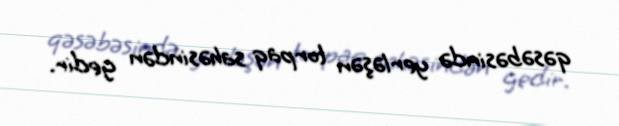
qəsəbəsində yerləşən torpaq sahəsindən gedir.